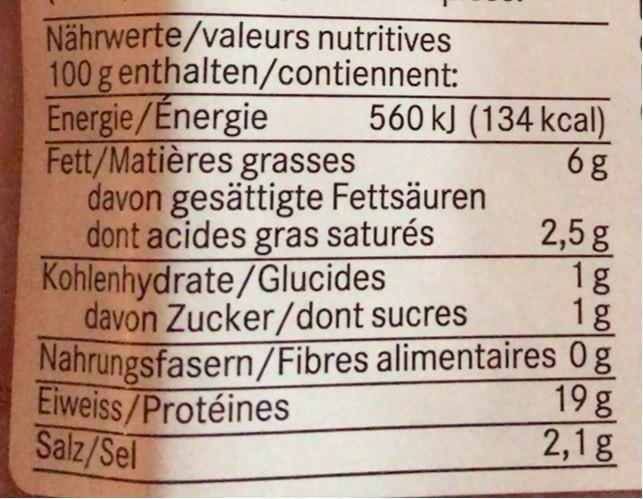
Nährwerte/valeurs nutritives 100 g enthalten/contiennent: Energie/Energie Fett/Matières grasses davon gesättigte Fettsäuren dont acides gras saturés Kohlenhydrate/Glucides davon Zucker/dont sucres Nahrungsfasern/Fibres alimentaires 0g Eiweiss/Protéines Salz/Sel
560 kJ (134 kcal) 6g
2,5 g 1g 1g
19g 2,1g